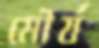
মৌর্য